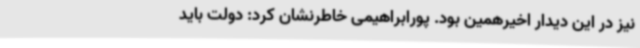
نیز در این دیدار اخیرهمین بود. پورابراهیمی خاطرنشان کرد: دولت باید